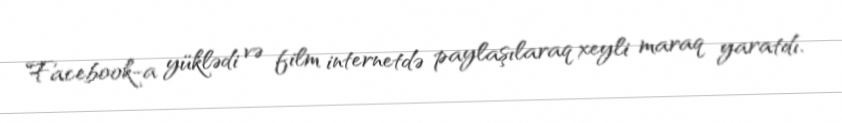
Facebook-a yüklədi və film internetdə paylaşılaraq xeyli maraq yaratdı.